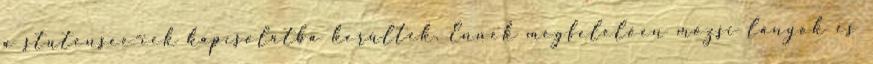
a stutensee-iek kapcsolatba kerültek. Ennek megfelelően mözsi lányok és